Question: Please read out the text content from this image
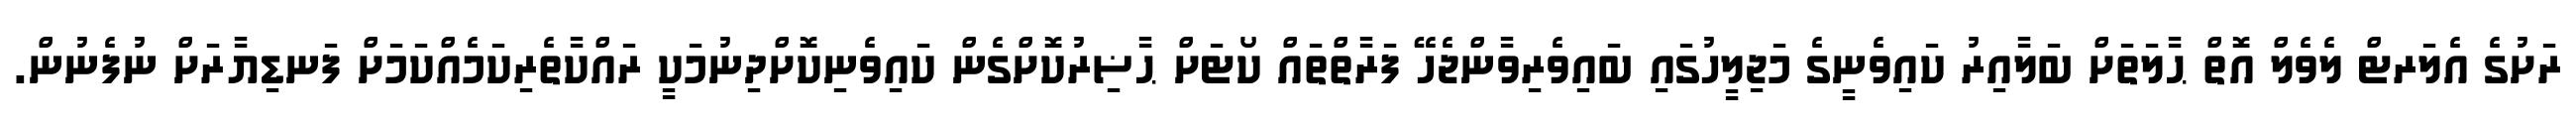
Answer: ރަށުގެ އެލަރޓް ލެވެލް އޮތް ޙާލަތަށް ބަލާއިރު ކައިވެނީގެ މަޖިލީހުގައި ބައިވެރިވާންޖެހޭ ފަރާތްތައް ކޯޓަށް ޙާޟިރުކޮށްގެން ކައިވެނިކޮށްދިނުމަކީ ރައްކާތެރިކަމެއްކަމަށް ފަނޑިޔާރަށް ނުފެނުން.